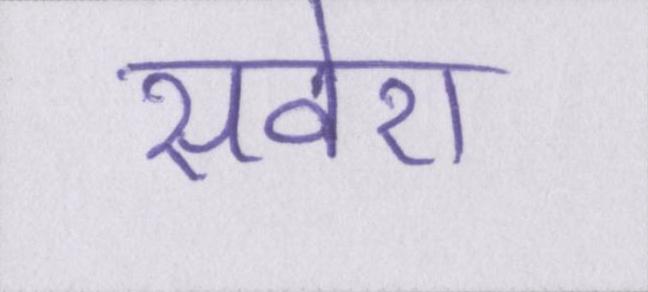
सवेरा